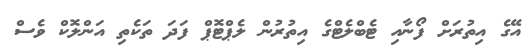
އޭގެ އިތުރަށް ފޯނާއި ޓެބްލެޓްގެ އިތުރުން ލެޕްޓޮޕް ފަދަ ތަކެތި އަންލޮކް ވެސް